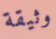
وثيقة